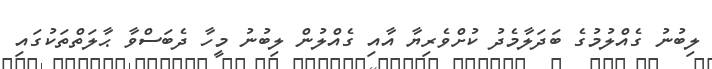
ލިބުނު ގެއްލުމުގެ ބަދަލާމެދު ކުށްވެރިޔާ އާއި ގެއްލުން ލިބުނު މީހާ ދެބަސްވާ ޙާލަތްތަކުގައި